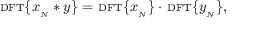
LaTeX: \scriptstyle \mathrm { { D F T } } \displaystyle \{ x _ { _ { N } } * y \} = \ \scriptstyle \mathrm { { D F T } } \displaystyle \{ x _ { _ { N } } \} \cdot \ \scriptstyle \mathrm { { D F T } } \displaystyle \{ y _ { _ { N } } \} ,